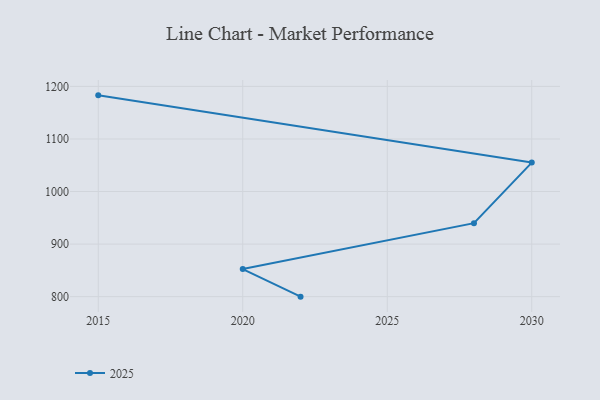
{"axis": {"x": "Year", "y": "Backlog"}, "legend": ["2025"], "data": [{"x": "2015", "y": 1183.0, "type": "2025"}, {"x": "2030", "y": 1055.1, "type": "2025"}, {"x": "2028", "y": 939.8, "type": "2025"}, {"x": "2020", "y": 852.5, "type": "2025"}, {"x": "2022", "y": 800, "type": "2025"}]}